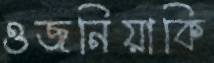
ওজনিয়াকি